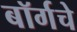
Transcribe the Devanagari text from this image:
बॉर्गचे